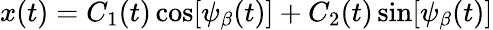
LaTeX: x(t)=C_{1}(t)\cos[\psi_{\beta}(t)]+C_{2}(t)\sin[\psi_{\beta}(t)]